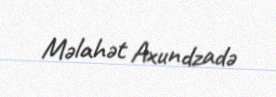
Məlahət Axundzadə